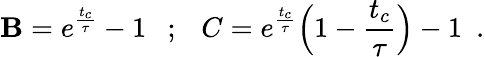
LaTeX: \mathbf{B}=e^{\frac{{t_{c}}}{{\tau}}}-1~~~;~~~C=e^{\frac{{t_{c}}}{{\tau}}}\Big(1-\frac{{t_{c}}}{{\tau}}\Big)-1~~.